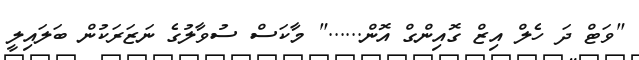
"ވަޓް ދަ ހެލް އިޒް ގޮއިންގް އޮން......" މާކަސް ސުވާލުގެ ނަޒަރަކުން ބަލައިލީ